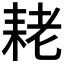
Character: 𮋨